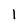
Character: 1